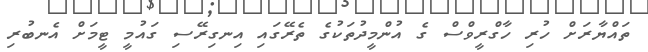
ތައްޔާރަށް ހުރި ހާގްރީވްސް ގެ އުންމީދުތަކުގެ ތެރޭގައި އިނގިރޭސި ގައުމީ ޓީމަށް އެނބުރި